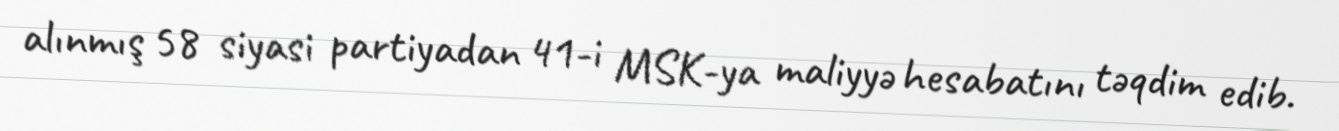
alınmış 58 siyasi partiyadan 41-i MSK-ya maliyyə hesabatını təqdim edib.